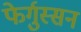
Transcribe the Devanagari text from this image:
फेर्गुस्सन